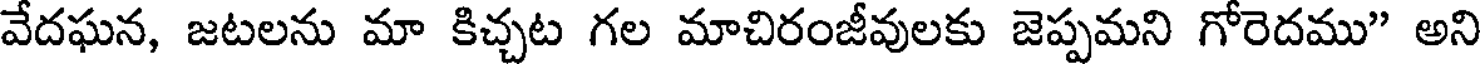
వేదఘన, జటలను మా కిచ్చట గల మాచిరంజీవులకు జెప్పమని గోరెదము" అని